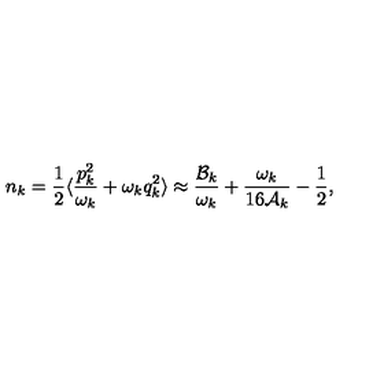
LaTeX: n _ { k } = \frac { 1 } { 2 } \langle \frac { p _ { k } ^ { 2 } } { \omega _ { k } } + \omega _ { k } q _ { k } ^ { 2 } \rangle \approx \frac { { \cal B } _ { k } } { \omega _ { k } } + \frac { \omega _ { k } } { 1 6 { \cal A } _ { k } } - \frac { 1 } { 2 } ,